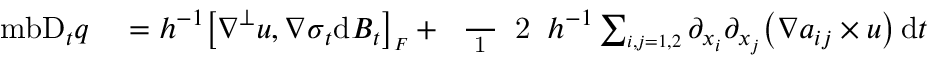
\begin{array} { r l } { \mathrm { \ m b { D } } _ { t } q } & { { } = h ^ { - 1 } \big [ \boldsymbol { \nabla } ^ { \perp } \boldsymbol { u } , \boldsymbol { \nabla } \boldsymbol { \sigma } _ { t } \mathrm { d } \boldsymbol { B } _ { t } \big ] _ { \scriptscriptstyle F } + \mathrm { ~ \scriptsize ~ \frac ~ { ~ 1 ~ } ~ { ~ 2 ~ } ~ } h ^ { - 1 } \sum _ { \scriptscriptstyle i , j = 1 , 2 } \partial _ { x _ { i } } \partial _ { x _ { j } } \big ( \boldsymbol { \nabla } a _ { i j } \times \boldsymbol { u } \big ) \, \mathrm { d } t } \end{array}